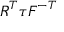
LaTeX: { \boldsymbol { R } } ^ { T } { \boldsymbol { \tau } } { \boldsymbol { F } } ^ { - T }